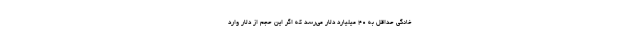
خانگی حداقل به 40 میلیارد دلار می‌رسد که اگر این حجم از دلار وارد